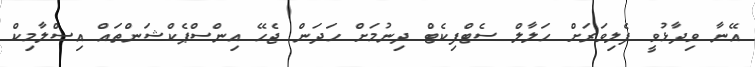
އޭނާ ވިދާޅުވީ ފެލިވަރަށް ހަލާލް ސެޓްފިކެޓް ދިނުމަށް ހަދަން ޖެހޭ އިންސްޕެކްޝަންތައް އިސްލާމިކް